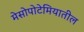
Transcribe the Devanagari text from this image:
मेसोपोटेमियातील